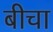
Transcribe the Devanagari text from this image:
बीचा